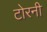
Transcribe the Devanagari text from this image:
टोरनी